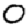
Digit: 0